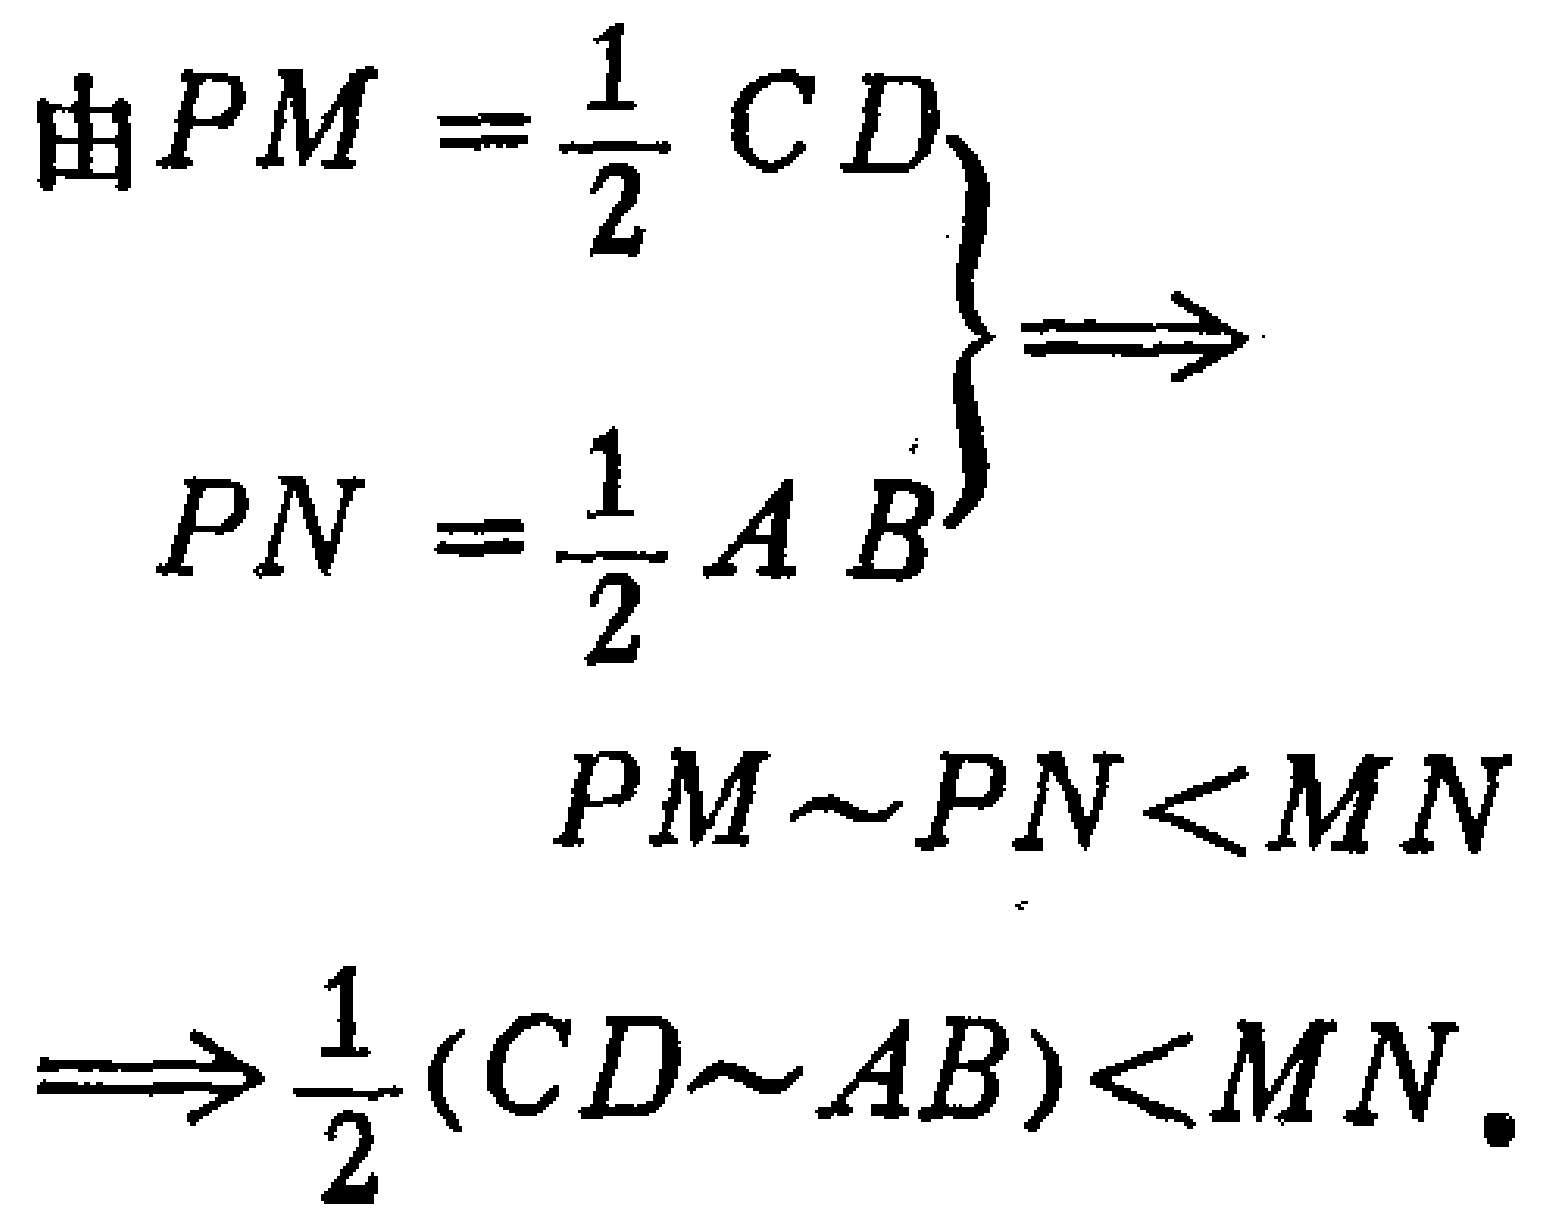
\[

\begin{align*}

\text{由}PM&=\frac{1}{2}CD\\

PN&=\frac{1}{2}AB\\

PM\sim PN&<MN\\

\Longrightarrow\frac{1}{2}(CD\sim AB)&<MN.

\end{align*}

\]